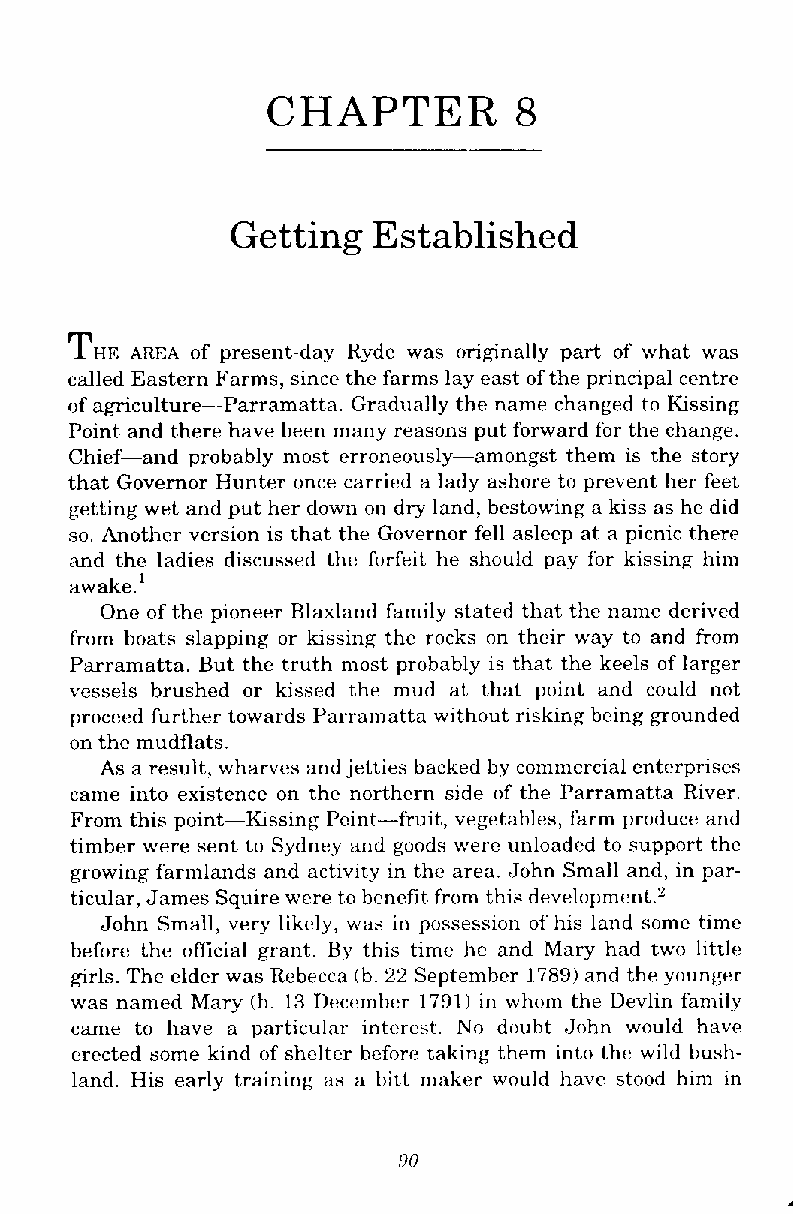
CHAPTER         8
 Getting   Established
 Tm
 AREA of present-day Ryde was originally part of what was
 called Eastern Farms, since the farms lay east of the principal centre
 of agriculture-Parramatta. Gradually the name changed to Kissing
 Point and there have been many reasons put forward for the change.
 Chief-and probably most erroneously-amongst them is the story
 that Governor Hunter once carried a lady ashore to prevent her feet
 getting wet and put her down on dry land, bestowing a kiss as he did
 so. Another version is that the Governor fell asleep at a picnic there
 and the ladies discussed the forfeit he should pay for kissing him
 awake.'
 One of the pioneer Blaxland family stated that the name derived
 from boats slapping or kissing the rocks on their way to and from
 Parramatta. But the truth most probably is that the keels of larger
 vessels brushed or kissed the mud at that point and could not
 proceed further towards Parrarnatta without risking being grounded
 on the mudflats.
 As a result, wharves and jetties backed by commercial enterprises
 came into existence on the northern side of the Parramatta River.
 From this point-Kssing Pcint-fruit, vegetables, farm produce and
 timber were sent to Sydney and goods were unloaded to support the
 growing farmlands and activity in the area. John Small and, in par-
 ticular, James Squire were to benefit from this development.'
 John Small, very likrly, was in possession of his land some time
 before the official grant. By this time he and Mary had two little:
 girls. The elder was Rebecca (b. 22 September 1789) and the younger
 was named Mary (b. 13 December 1791) in whom the Devlin family
 came to have a particular interest. No douht John would haw
 erected some kind of shelter before taking them into the wild bush-
 land. His early training as a hitt maker would haw stood him in